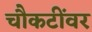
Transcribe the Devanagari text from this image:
चौकटींवर